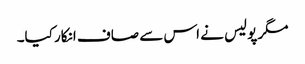
مگر پولیس نے اس سے صاف انکار کیا۔